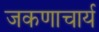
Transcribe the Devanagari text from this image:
जकणाचार्य